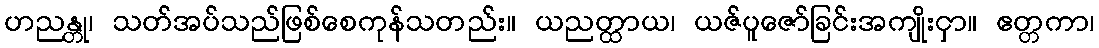
ဟညန္တု၊ သတ်အပ်သည်ဖြစ်စေကုန်သတည်း။ ယညတ္ထာယ၊ ယဇ်ပူဇော်ခြင်းအကျိုးငှာ။ ဧတ္တကာ၊